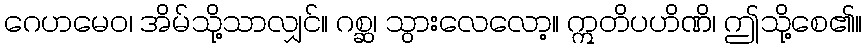
ဂေဟမေဝ၊ အိမ်သို့သာလျှင်။ ဂစ္ဆ၊ သွားလေလော့။ ဣတိပဟိဏိ၊ ဤသို့စေ၏။